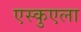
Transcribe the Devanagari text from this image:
एस्कुएला